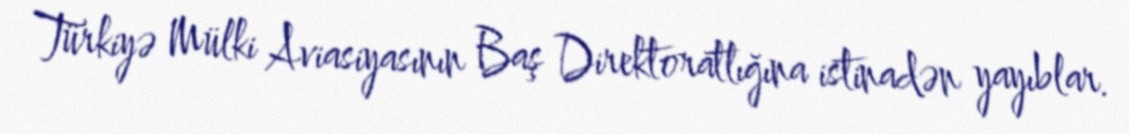
Türkiyə Mülki Aviasiyasının Baş Direktoratlığına istinadən yayıblar.